Vaccine operations Central Provinces 1886-1899 - 1886-1899
Year: 1886
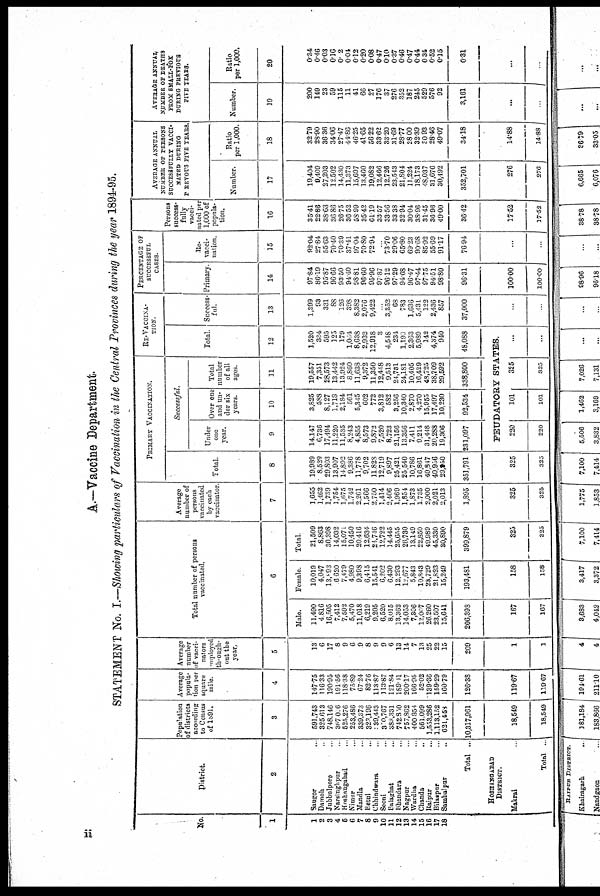
A.—Vaccine Department.
STATEMENT No. I.—Showing particulars of Vaccination in the Central Provinces during the year 1894-95.
No.
1
1
2
3
4
5
6
7
8
9
10
11
12
13
14
15
16
17
18
District.
2
Saugor ..
Damoh ..
Jubbulpore ..
Narsinghpur ..
Hoshangabad ..
Nimar ...
Mandla ...
Betul ...
Chhindwara ...
Seoni ...
Balaghat ...
Bhandara ...
Nagpur ...
Wardha ...
Chanda ...
Raipur ...
Bilaspur ...
Sambalpur ...
Total ...
HOSHANGABAD
DISTRICT.
Makrai ...
Total ...
Population
of districts
according
to Census
of 1891.
3
591,743
325,613
748,146
367,016
525,276
253,486
339,373
323,196
39,443
370,767
383,331
742,850
757,862
400,854
561,099
1,553,286
1,113,152
621,458
10,317,961
18,549
18,549
Average
popula-
tion per
square
mile.
4
147.75
116.33
190.95
191.56
118.38
75.89
67.24
82.76
113.87
113.87
121.84
189.41
200.17
166.95
52.02
139.36
159.29
160.79
126.38
119.67
119.67
Average
number
of vacci-
nators
employed
through-
out the
year.
5
13
6
17
8
9
6
9
8
9
9
6
13
14
7
13
25
22
15
209
1
1
Total number of persons
vaccinated.
6
Male.
11,490
4,816
16,505
7,412
7,592
5,470
11,018
6,219
9,205
6,520
8,015
13,362
14,053
7,306
12,007
26,260
23,507
15,641
206,398
167
167
Female.
10,019
4,047
13,893
6,620
7,479
4,980
9,398
6,415
15,541
6,202
6,430
12,293
12,677
5,843
10,843
23,729
21,823
15,249
193,481
158
158
Total.
21,509
8,863
30,398
14,032
15,071
10,450
20,416
12,634
24,716
12,722
14,445
25,655
26,730
13,149
22,850
49,989
45,330
30,890
399,879
325
325
Average
number of
persons
vaccinated
by each
vaccinator.
7
1,655
1,462
1,739
1,754
1,675
1,742
2,261
1,566
2,750
1,414
2,406
1,969
1,854
1,873
1,735
2,000
2,021
2,013
1,895
325
325
PRIMARY VACCINATION.
Total.
8
19,989
8,529
29,803
13,907
14,892
9,386
11,778
9,702
11,828
12,719
9,897
25,421
25,540
10,786
16,861
49,817
40,956
29,950
351,791
325
325
Successful.
Under
one
year.
9
14,147
6,736
17,494
11,220
11,535
8,243
4,855
8,573
9,872
7,520
8,723
21,156
13,356
7,411
9,214
31,448
20,288
19,306
231,097
Over one
and un-
der six
years.
10
3,825
588
8,127
1,718
2,184
561
5,345
602
772
3,812
582
3,256
10,340
2,870
4,270
15,955
17,497
10,230
92,534
Total
number
of all
ages.
11
19,557
7,351
28,573
13,442
13,924
8,860
11,638
9,372
11,350
12,448
9,513
24,731
24,181
10,405
16,429
48,725
38,709
29,592
338,800
RE-VACCINA¬
TION.
Total
12
1,520
384
595
125
179
1,064
8,638
2,933
12,918
3
4,548
234
1,190
2,363
5,989
142
4,374
940
48,088
FEUDATORY STATES.
220
220
101
101
325
325
...
...
Success-
ful.
13
1,399
93
331
88
126
398
8,382
2,076
9,422
...
3,352
68
783
1,636
5,431
122
2,436
857
37,000
...
...
PERCENTAGE OF
SUCCESSFUL
CASES.
Primary
14
97.84
86.19
95.87
96.66
93.50
94.40
98.81
96.60
95.96
97.87
96.12
97.29
94.68
96.47
97.44
97.75
94.51
98.80
96.31
100.00
100.00
Re¬
vacci¬
nation.
15
92.04
27.84
55.63
70.40
70.39
37.41
97.04
70.80
72.94
...
73.70
29.06
65.80
69.23
90.68
85.92
55.69
91.17
76.94
...
..
Persons
success-
fully
vacci-
nated per
1,000 of
popula-
tion.
16
35.41
22.86
38.63
36.86
26.75
36.52
58.99
35.42
61.19
33.57
33.56
33.33
32.94
30.04
38.96
31.45
36.96
49.00
36.42
17.52
17.52
AVERAGE ANNUAL
NUMBER OF PERSONS
SUCCESSFULLY VACCI-
----- DURING
PREVOUS FIVE YEARS.
Number.
17
19,404
9,409
27,203
12,502
14,430
11,373
15,697
13,460
19,082
12,466
12,726
23,543
21,804
11,224
18,173
48,037
31,676
30,492
352,701
276
276
Ratio
per 1,000.
18
32.79
28.90
36.36
34.06
27.47
44.86
46.25
41.65
56.22
33.62
33.20
31.69
28.77
28.00
32.39
30.93
28.46
49.07
34.18
14.88
14.88
AVERAGE ANNUAL
NUMBER OF DEATHS
FROM SMALL-BOX
DURING PREVIOUS
FIVE YEARS.
Number.
19
200
149
23
59
115
11
41
66
27
176
37
276
352
187
245
529
576
92
3,161
...
. . .
Ratio
per 1,000.
20
0.34
0.46
0.03
0.16
0.2
0.04
0.12
0.20
0.08
0.47
0.10
0.37
0.46
0.47
0.44
0.34
0.52
0.15
0.31
...
...
ii